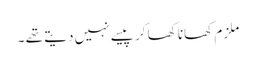
ملزم کھانا کھا کر پیسے نہیں دیتے تھے ۔